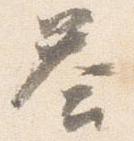
答